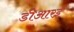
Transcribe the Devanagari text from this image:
डीआरई